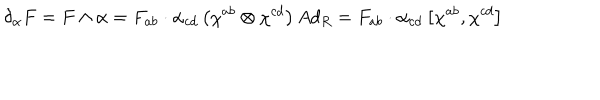
\delta _ { \alpha } F = F \wedge \alpha = F _ { a b } \cdot \alpha _ { c d } \left( \chi ^ { a b } \otimes \chi ^ { c d } \right) A d _ { R } = F _ { a b } \cdot \alpha _ { c d } \left[ \chi ^ { a b } , \chi ^ { c d } \right]